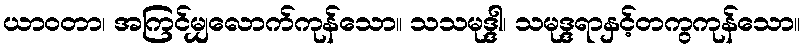
ယာဝတာ၊ အကြင်မျှလောက်ကုန်သော။ သသမုဒ္ဒါ၊ သမုဒ္ဒရာနှင့်တကွကုန်သော။